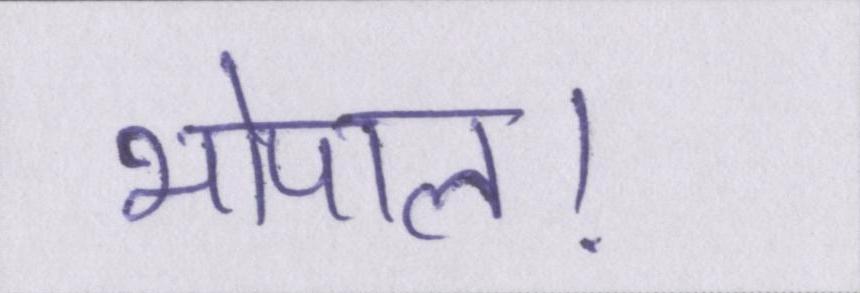
भोपाल।